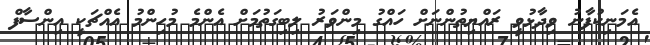
އެމަނިކުފާނު ވިދާޅުވީ ރައްޔިތުންނަށް ހައްގު މިންވަރު ލިބިގަތުމަށް އެންމެ މުހިންމު އެއްޗަކީ އިންސާފް